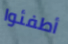
أطفئوا